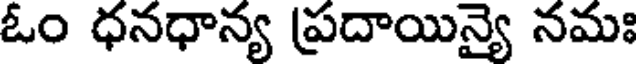
ఓం ధనధాన్య ప్రదాయిన్యై నమః